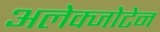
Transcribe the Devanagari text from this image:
अलेक्जोटेन